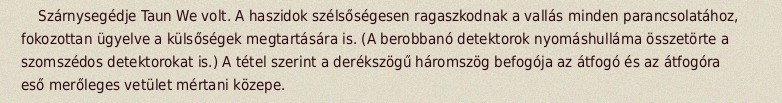
Szárnysegédje Taun We volt. A haszidok szélsőségesen ragaszkodnak a vallás minden parancsolatához, fokozottan ügyelve a külsőségek megtartására is. (A berobbanó detektorok nyomáshulláma összetörte a szomszédos detektorokat is.) A tétel szerint a derékszögű háromszög befogója az átfogó és az átfogóra eső merőleges vetület mértani közepe.